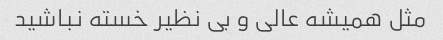
مثل همیشه عالی و بی نظیر خسته نباشید